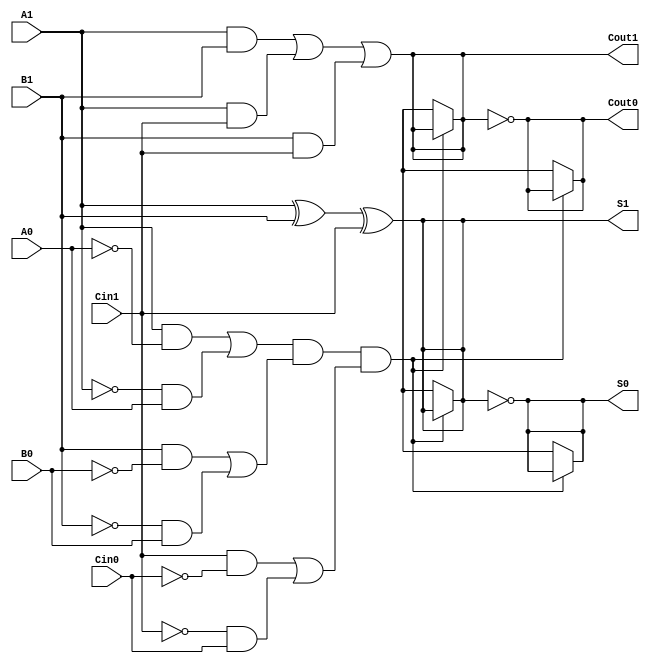
module dual_rail_full_adder (
    input  wire A1, A0,   // Dual-rail representation of Input A
    input  wire B1, B0,   // Dual-rail representation of Input B
    input  wire Cin1, Cin0, // Dual-rail representation of Carry Input
    output wire S1, S0,   // Dual-rail representation of Sum Output
    output wire Cout1, Cout0  // Dual-rail representation of Carry Output
);

    // Intermediate signals
    wire A, B, Cin;
    
    // Decoding dual-rail inputs to single values
    assign A = A1; // A is 1 if A1 is 1 (A0 will be 0)
    assign B = B1; // B is 1 if B1 is 1 (B0 will be 0)
    assign Cin = Cin1; // Cin is 1 if Cin1 is 1 (Cin0 will be 0)
    
    // Sum logic using XOR
    assign S1 = (A ^ B) ^ Cin;  // S1 when sum is 1
    assign S0 = !(S1);          // S0 is the dual-rail representation for S
    
    // Carry Output logic using majority function
    assign Cout1 = (A & B) | (A & Cin) | (B & Cin);  // Cout1 when theres a carry out
    assign Cout0 = !(Cout1);  // Cout0 is the dual-rail representation for Cout
    
    // Ensure valid dual-rail encoding by preventing invalid states
    wire A_valid = (A1 & !A0) | (!A1 & A0);  
    wire B_valid = (B1 & !B0) | (!B1 & B0);  
    wire Cin_valid = (Cin1 & !Cin0) | (!Cin1 & Cin0);
   
    // Assert a flag to ensure the output only occurs if input is valid
    assign S1 = (A_valid && B_valid && Cin_valid) ? S1 : 1'bx; 
    assign S0 = (A_valid && B_valid && Cin_valid) ? S0 : 1'bx; 
    assign Cout1 = (A_valid && B_valid && Cin_valid) ? Cout1 : 1'bx; 
    assign Cout0 = (A_valid && B_valid && Cin_valid) ? Cout0 : 1'bx;

endmodule